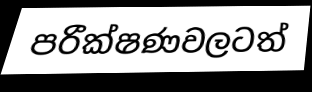
පරීක්ෂණවලටත්